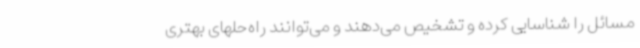
مسائل را شناسایی کرده و تشخیص می‌دهند و می‌توانند راه‌حلهای بهتری